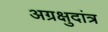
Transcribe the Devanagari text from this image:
अग्रक्षुदांत्र